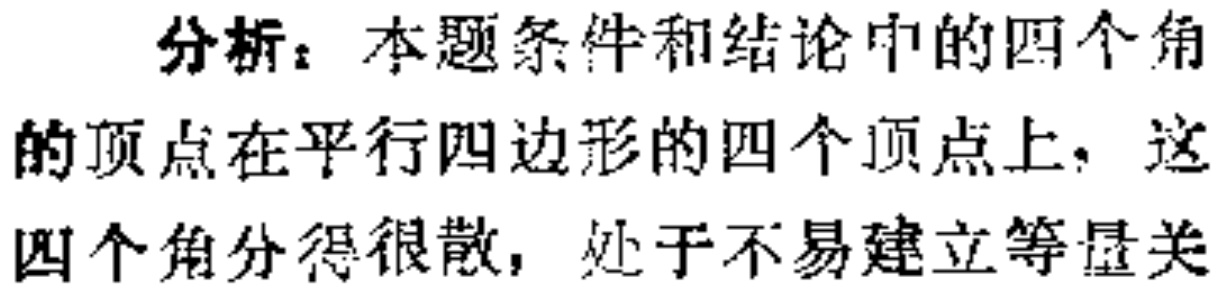
分析：本题条件和结论中的四个角的顶点在平行四边形的四个顶点上，这四个角分得很散，处于不易建立等量关